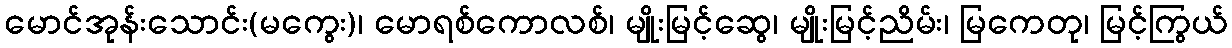
မောင်အုန်းသောင်း(မကွေး)၊ မောရစ်ကောလစ်၊ မျိုးမြင့်ဆွေ၊ မျိုးမြင့်ညိမ်း၊ မြကေတု၊ မြင့်ကြွယ်